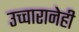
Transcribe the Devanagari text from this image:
उच्चारानेही